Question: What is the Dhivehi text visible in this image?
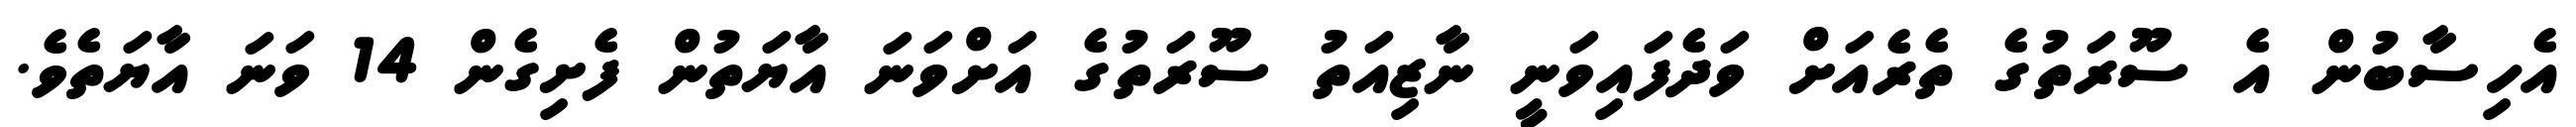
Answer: އެހިސާބުން އެ ސޫރަތުގެ ތެރެއަށް ވަދެފައިވަނީ ނާޒިއަތު ސޫރަތުގެ އަށްވަނަ އާޔަތުން ފެށިގެން 14 ވަނަ އާޔަތެވެ.